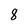
Character: 8